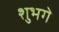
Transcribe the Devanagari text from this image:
शुभगे